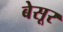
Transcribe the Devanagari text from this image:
बेसूर